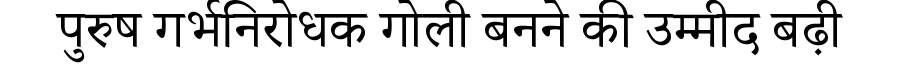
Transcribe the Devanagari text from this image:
पुरुष गर्भनिरोधक गोली बनने की उम्मीद बढ़ी